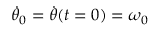
\Dot { \theta } _ { 0 } = \Dot { \theta } ( t = 0 ) = \omega _ { 0 }